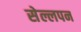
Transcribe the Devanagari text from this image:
सेल्लपन